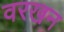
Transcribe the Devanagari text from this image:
वरखन